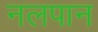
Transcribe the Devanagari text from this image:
नलपान